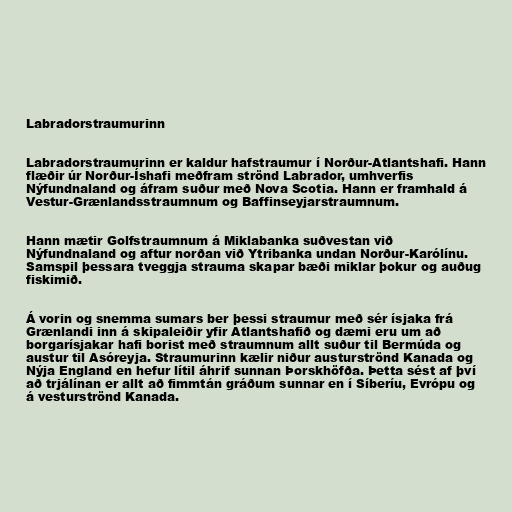
Labradorstraumurinn

Labradorstraumurinn er kaldur hafstraumur í Norður-Atlantshafi. Hann
flæðir úr Norður-Íshafi meðfram strönd Labrador, umhverfis
Nýfundnaland og áfram suður með Nova Scotia. Hann er framhald á
Vestur-Grænlandsstraumnum og Baffinseyjarstraumnum.

Hann mætir Golfstraumnum á Miklabanka suðvestan við
Nýfundnaland og aftur norðan við Ytribanka undan Norður-Karólínu.
Samspil þessara tveggja strauma skapar bæði miklar þokur og auðug
fiskimið.

Á vorin og snemma sumars ber þessi straumur með sér ísjaka frá
Grænlandi inn á skipaleiðir yfir Atlantshafið og dæmi eru um að
borgarísjakar hafi borist með straumnum allt suður til Bermúda og
austur til Asóreyja. Straumurinn kælir niður austurströnd Kanada og
Nýja England en hefur lítil áhrif sunnan Þorskhöfða. Þetta sést af því
að trjálínan er allt að fimmtán gráðum sunnar en í Síberíu, Evrópu og
á vesturströnd Kanada.